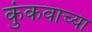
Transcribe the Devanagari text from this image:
कुंकवाच्या